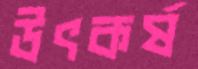
উৎকর্ষ